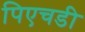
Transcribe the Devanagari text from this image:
पिएचडी